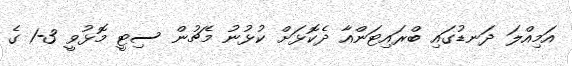
އަމިއްލަ ދަނޑުގައި ބްރައިޓަންއާ ދެކޮޅަށް ކުޅުނު މެޗުން ސިޓީ މޮޅުވީ 3-1 ގެ